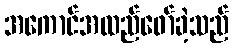
အကောင်အထည်ဖော်ခဲ့သည်